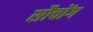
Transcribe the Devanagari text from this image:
सौचोंग